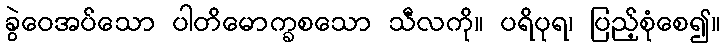
ခွဲဝေအပ်သော ပါတိမောက္ခစသော သီလကို။ ပရိပုရ၊ ပြည့်စုံစေ၍။